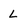
Character: L